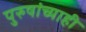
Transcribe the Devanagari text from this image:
पुरुषांच्याही